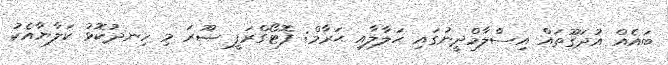
ބައެއް އުދަގޫތައް އިސްލާމްދީނުގައި ޙަލާލާއި ޙަރާމް: ފޮޓޯގްރަފީ ޞޫރަ މި ހިނދުކޮޅު ކަލާޔާއެކު